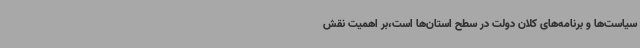
سیاست‌ها و برنامه‌های کلان دولت در سطح استان‌ها است،بر اهمیت نقش